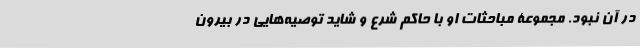
در آن نبود. مجموعۀ مباحثات او با حاکم شرع و شاید توصیه‌هایی در بیرون